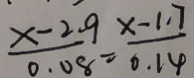
\frac { x - 2 . 9 } { 0 . 0 8 } = \frac { x - 1 . 7 } { 0 . 1 4 }